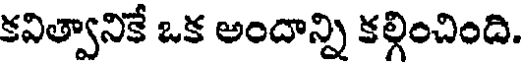
కవిత్వానికే ఒక అందాన్ని కల్గించింది.